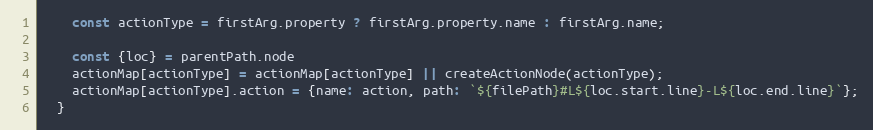
Language: JavaScript
    const actionType = firstArg.property ? firstArg.property.name : firstArg.name;

    const {loc} = parentPath.node
    actionMap[actionType] = actionMap[actionType] || createActionNode(actionType);
    actionMap[actionType].action = {name: action, path: `${filePath}#L${loc.start.line}-L${loc.end.line}`};
  }